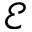
\mathcal { E }